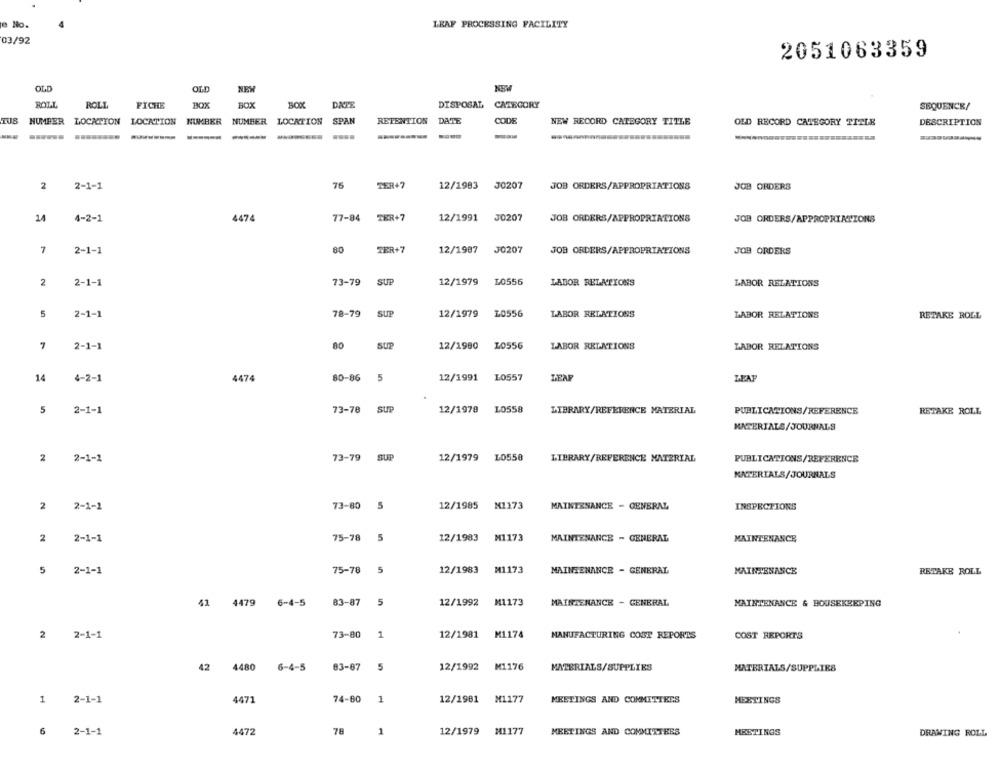
LEAF PROCESSING FACILITY
03/92
2051063359
OLD
NEW
ROLL
ROLL
FICHE
BOX
DATE
DISPOSAL CATEGORY
SEQUENCE/
TUS NUMBER LOCATION LOCATION NUMBER NUMBER LOCATION
SPAN
RETENTION
DATE
CODE
NEW RECORD CATEGORY TITLE
OLD RECORD CATEGORY TITLE
DESCRIPTION
75
TER47
J0207
2
2-1-1
12/1983
JOB ORDERS/APPROPRIATIONS
JOB ORDERS
14
4-2-1
4474
77-84
TER+7
12/1991
J0207
JOB ORDERS/APPROPRIATIONS
JOB ORDERS/APPROPRIATIONS
7
2-1-1
80
TER+7
12/1987
J0207
JOB ORDERS/APPROPRIATIONS
JOB ORDERS
2
2-1-1
73-79
SUP
12/1979
L0556
LABOR RELATIONS
LABOR RELATIONS
5
2-1-1
78-79
sup
12/1979
L0556
LABOR RELATIONS
LABOR RELATIONS
RETAKE ROLL
7
2-1-1
80
SUP
12/1980
L0556
LABOR RELATIONS
LABOR RELATIONS
14
4-2-1
4474
12/1991
L0557
LEAF
LEAF
80-86 5
5
2-1-1
73-78
SUP
12/1978
L0558
LIBRARY/REFERENCE MATERIAL
PUBLICATIONS/REFERENCE
RETAKE ROLL
MATERIALS/JOURNALS
2
2-1-1
73-79
SUP
12/1979
L0558
LIBRARY/REFERENCE MATERIAL
PUBLICATIONS/REFERENCE
MATERIALS/JOURNALS
2
2-1-1
73-80
5
12/1985
M1173
MAINTENANCE - GENERAL
INSPECTIONS
2
2-1-1
75-78
5
12/1983
M1173
MAINTENANCE - GENERAL
MAINTENANCE
5
2-1-1
75-78
5
12/1983
M1173
MAINTENANCE
RETAKE ROLL
MAINTENANCE - GENERAL
4479
83-87
5
41
6-4-5
12/1992
M1173
MAINTENANCE - GENERAL
MAINTENANCE & HOUSEKEEPING
2
2-1-1
73-80
1
12/1981
M1174
MANUFACTURING COST REPORTS
COST REPORTS
42
4480
6-4-5
83-87
5
12/1992
M1176
MATERIALS/SUPPLIES
MATERIALS/SUPPLIES
1
2-1-1
4471
74-80
1
12/1981
M1177
MEETINGS AND COMMITTEES
MEETINGS
6
78
12/1979
M1177
HASTINGS
2-1-1
4472
1
MEETINGS AND COMMITTEES
DRAWING ROLL